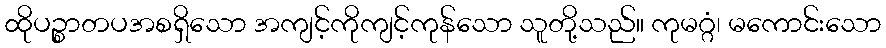
ထိုပဉ္စာတပအစရှိသော အကျင့်ကိုကျင့်ကုန်သော သူတို့သည်။ ကုမဂ္ဂံ၊ မကောင်းသော